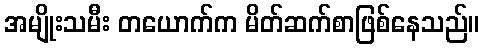
အမျိုးသမီး တယောက်က မိတ်ဆက်စာဖြစ်နေသည်။